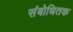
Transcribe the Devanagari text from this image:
संबोधितक